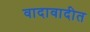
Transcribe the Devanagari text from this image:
वादावादीत